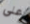
على